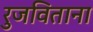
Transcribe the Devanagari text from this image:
रुजविताना